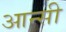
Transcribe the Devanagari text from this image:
आन्सी